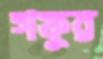
গফুর